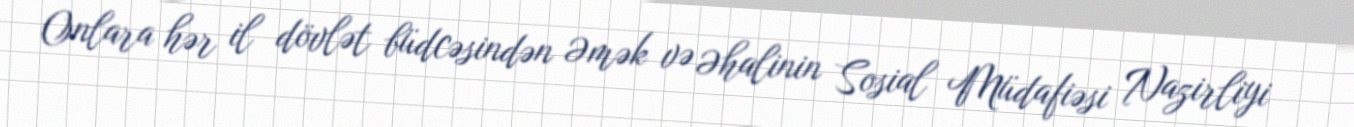
Onlara hər il dövlət büdcəsindən Əmək və Əhalinin Sosial Müdafiəsi Nazirliyi